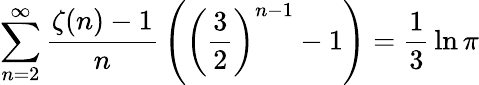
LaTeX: \sum_{n=2}^{\infty}{\frac{\zeta(n)-1}{n}}\left(\left({\frac{3}{2}}\right)^{n-1}-1\right)={\frac{1}{3}}\ln\pi